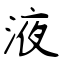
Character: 液